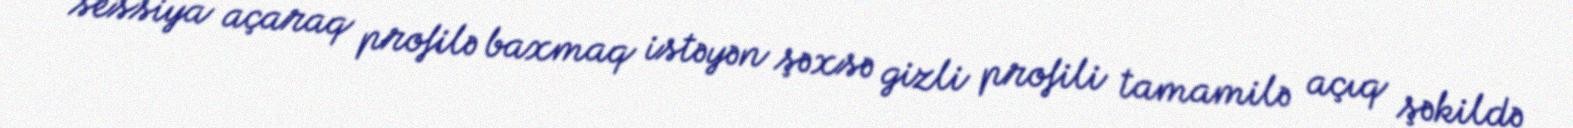
sessiya açaraq profilə baxmaq istəyən şəxsə gizli profili tamamilə açıq şəkildə